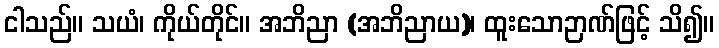
ငါသည်။ သယံ၊ ကိုယ်တိုင်။ အဘိညာ (အဘိညာယ)၊ ထူးသောဉာဏ်ဖြင့် သိ၍။